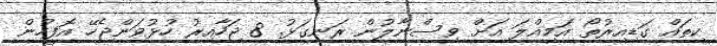
ކިތައް ގަޑިއިރުތޯ އަމިއްލަ އަށް ވިސްނާލުން ރަނގަޅު. 8 ޖަހާއިރު ހުޅުވަންޖެހޭ އޮފީހުން